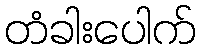
တံခါးပေါက်